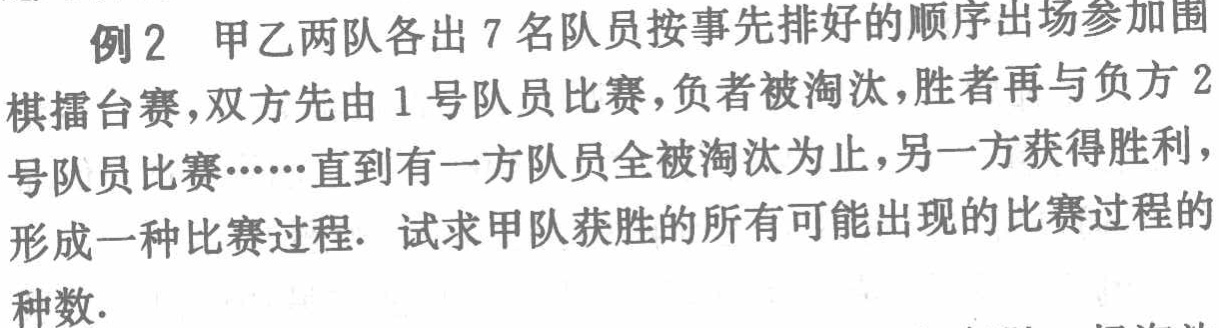
例2 甲乙两队各出7名队员按事先排好的顺序出场参加围棋擂台赛，双方先由1号队员比赛，负者被淘汰，胜者再与负方2号队员比赛……直到有一方队员全被淘汰为止，另一方获得胜利，形成一种比赛过程. 试求甲队获胜的所有可能出现的比赛过程的种数.